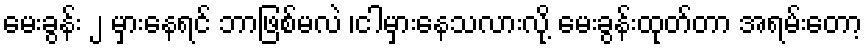
မေးခွန်း ၂ မှားနေရင် ဘာဖြစ်မလဲ ၊ငါမှားနေသလားလို့ မေးခွန်းထုတ်တာ အရမ်းတော့